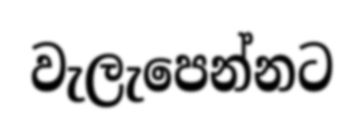
වැලැපෙන්නට